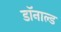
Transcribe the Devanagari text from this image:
डाॅनाल्ड